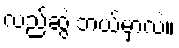
လည်ဆွဲ ဘယ်မှာလဲ။